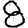
Digit: 8